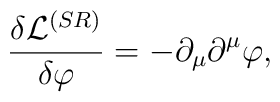
\frac{\delta \mathcal{L}^{(SR)}}{\delta \varphi }=-\partial _{\mu }\partial^{\mu }\varphi ,